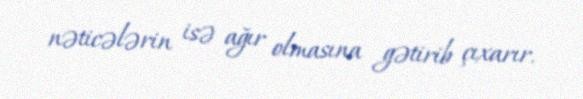
nəticələrin isə ağır olmasına gətirib çıxarır.